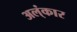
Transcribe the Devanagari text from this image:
अल्ंकार